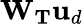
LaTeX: \mathbf{W}_{\mathbf{T}}\mathbf{u}_{d}